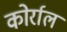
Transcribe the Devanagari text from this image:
कोर्राल